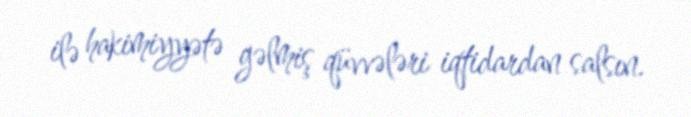
ilə hakimiyyətə gəlmiş qüvvələri iqtidardan salsın.